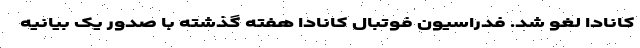
کانادا لغو شد. فدراسیون فوتبال کانادا هفته گذشته با صدور یک بیانیه